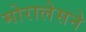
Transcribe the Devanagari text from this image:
मोरालेसने